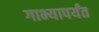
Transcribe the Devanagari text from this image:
गाभ्यापर्यंत